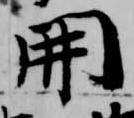
開